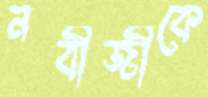
নবীজীকে